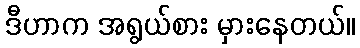
ဒီဟာက အရွယ်စား မှားနေတယ်။